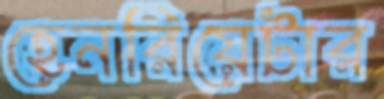
হেনরিয়েটার